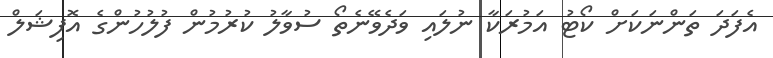
އެފަދަ ތަންނަކަށް ކޯޓު އަމުރަކާ ނުލައި ވަދެވޭނެތޯ ސުވާލު ކުރުމުން ފުލުހުންގެ އޮފިޝަލް